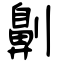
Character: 劓